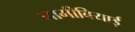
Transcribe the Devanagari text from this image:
नामीबियाई